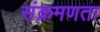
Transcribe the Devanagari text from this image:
संक्रमणता